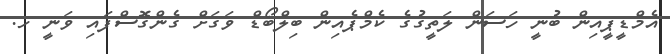
އެމްޑީޕީއިން ބުނީ ހަސަން ލަތީގުގެ ކެމްޕެއިން ބިލްބޯޑް ވަގަށް ގެންގޮސްފައި ވަނީ ހ.